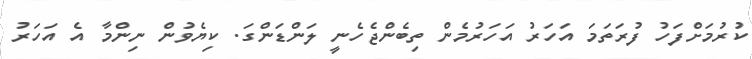
ކުރުމަށްފަހު ފުރަތަމަ އަހަރު އަހަރުމެން ތިބެންޖެހެނީ ލަންޑަންގަ. ކިޔެވުން ނިންމާ އެ އަހަރު